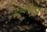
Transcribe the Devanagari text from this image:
महदाइसाही